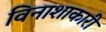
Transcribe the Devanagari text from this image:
विनाशाकारी